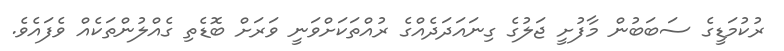
ރުކުމަޑީގެ ސަބަބުން މާފުށީ ޖަލުގެ ގިނައަދަދެއްގެ ރުއްތަކަށްވަނީ ވަރަށް ބޮޑެތި ގެއްލުންތަކެއް ވެފައެވެ.